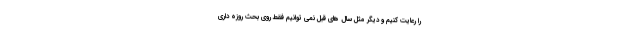
را رعایت کنیم و دیگر مثل سال های قبل نمی توانیم فقط روی بحث روزه داری